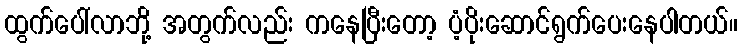
ထွက်ပေါ်လာဘို့ အတွက်လည်း ကနေပြီးတော့ ပံ့ပိုးဆောင်ရွက်ပေးနေပါတယ်။